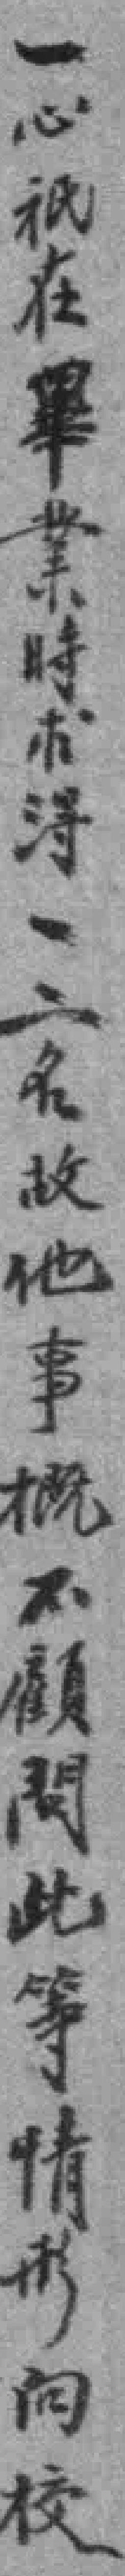
一心祇在畢業時求淂一二名故他事概不顧問此等情形向校